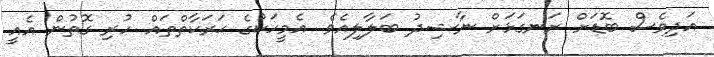
އަދިވެސް ބޮޑަށް ރަނގަޅަށް ނާޝިދު ބަލާލިއެވެ. އެމީހަކުގެ ޙަރަކާތްތައް ހުރި ގޮތުން އެއީ